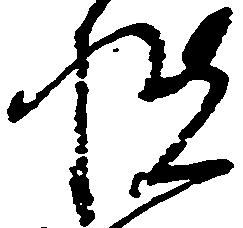
扶